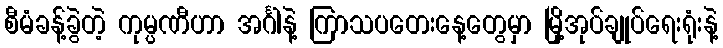
စီမံခန့်ခွဲတဲ့ ကုမ္ပဏီဟာ အင်္ဂါနဲ့ ကြာသပတေးနေ့တွေမှာ မြို့အုပ်ချုပ်ရေးရုံးနဲ့